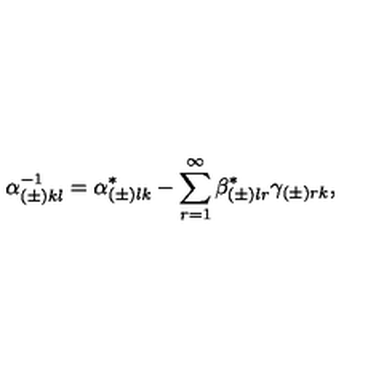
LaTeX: \alpha _ { ( \pm ) k l } ^ { - 1 } = \alpha _ { ( \pm ) l k } ^ { * } - \sum _ { r = 1 } ^ { \infty } \beta _ { ( \pm ) l r } ^ { * } \gamma _ { ( \pm ) r k } ,